Vaccination United Provinces of Agra and Oudh 1923-1928 - 1923-1928
Year: 1923
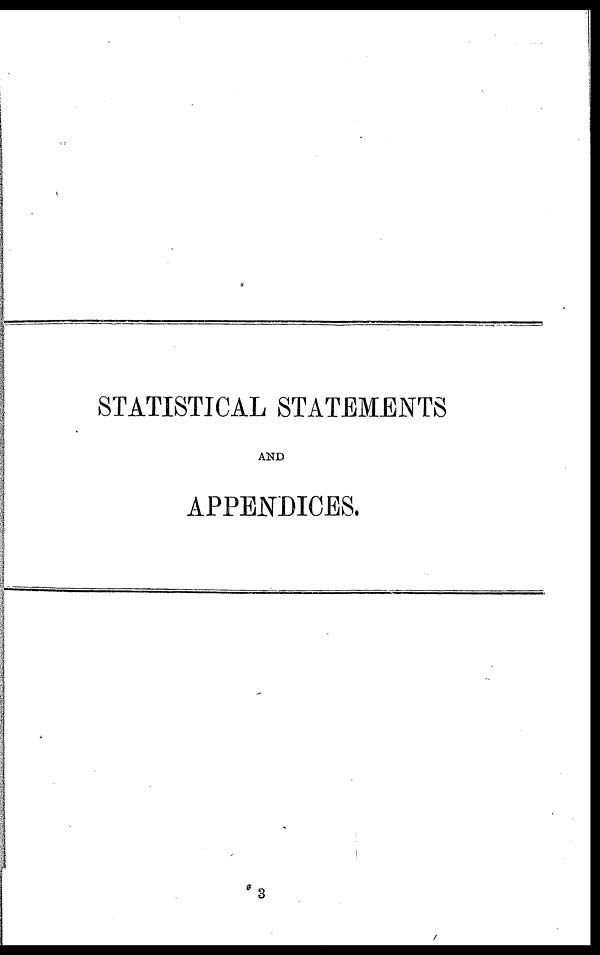
STATISTICAL STATEMENTS
AND
APPENDICES.